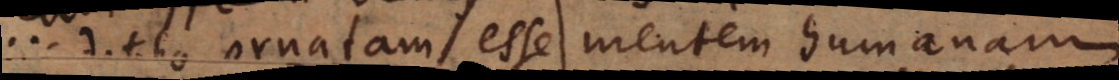
dotibus ornatam esse mentem humanam,